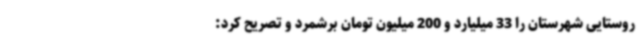
روستایی شهرستان را 33 میلیارد و 200 میلیون تومان برشمرد و تصریح کرد: